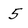
Character: 5